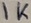
Text: 1K